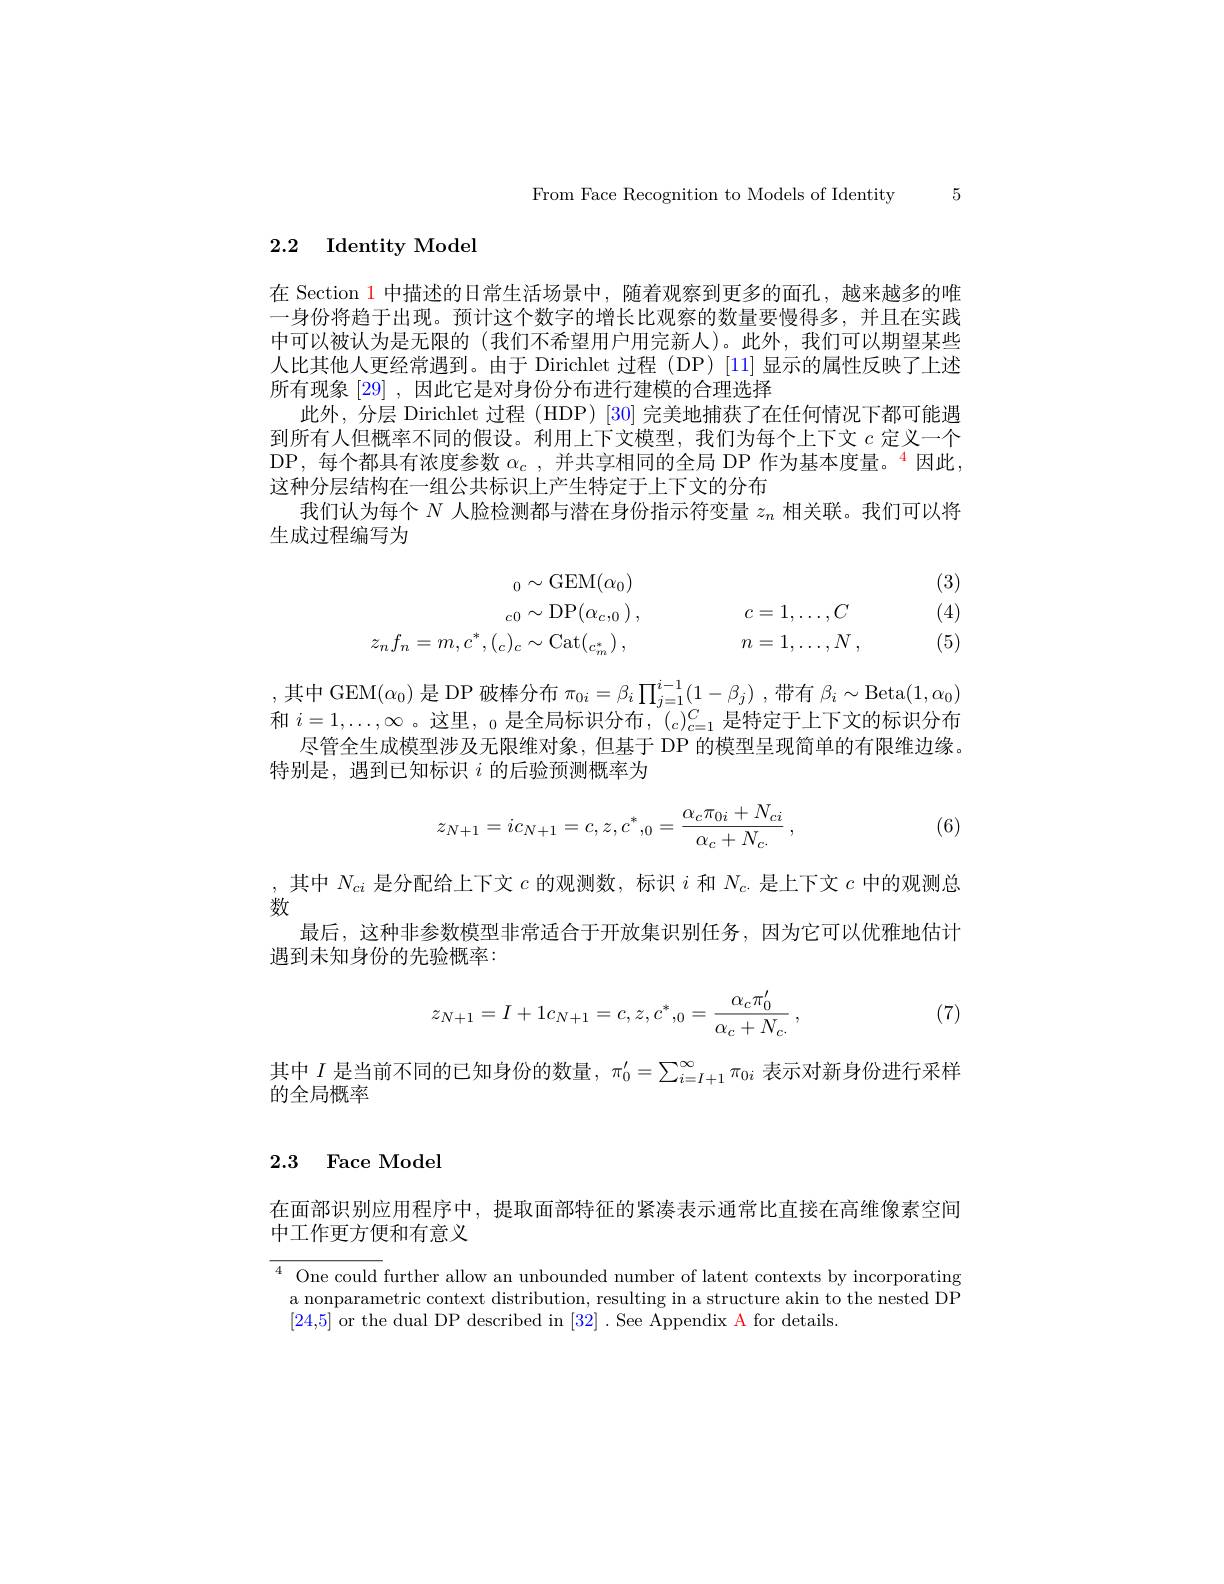
From Face Recognition to Models of Identity 5

2.2 Identity Model

在 Section 1 中描述的日常生活场景中，随着观察到更多的面孔，越来越多的唯一身份将趋于出现。预计这个数字的增长比观察的数量要慢得多，并且在实践中可以被认为是无限的(我们不希望用户用完新人)。此外，我们可以期望某些人比其他人更经常遇到。由于 Dirichlet 过程 (DP) [11] 显示的属性反映了上述所有现象[29],因此它是对身份分布进行建模的合理选择
此外，分层 Dirichlet 过程 (HDP) [30] 完美地捕获了在任何情况下都可能遇到所有人但概率不同的假设。利用上下文模型，我们为每个上下文$c$定义一个DP,每个都具有浓度参数$\alpha_c$,并共享相同的全局 DP 作为基本度量。$^{\color{red}4}$因此， 这种分层结构在一组公共标识上产生特定于上下文的分布
我们认为每个$N$人脸检测都与潜在身份指示符变量$z_n$相关联。我们可以将
生成过程编写为

(3)

(4)
$$\begin{aligned}_0\sim\mathrm{GEM}(\alpha_0)\_{c0}\sim\mathrm{DP}(\alpha_{c,0})\:,&c=1,\ldots,C\\z_{n}f_{n}=m,c^{*},(_{c})_{c}\sim\mathrm{Cat}(_{c_{m}^{*}})\:,&n=1,\ldots,N\:,\end{aligned}$$
(5)

,其中 GEM$(\alpha_0)$是 DP 破棒分布$\pi_0i=\beta_i\prod_{j=1}^{i-1}(1-\beta_j)$ ,带有$\beta_i\sim$Beta$(1,\alpha_0)$ 和$i=1,\ldots,\infty$ 。这里，$_0$是全局标识分布，$(_c)_c=1^C$是特定于上下文的标识分布
尽管全生成模型涉及无限维对象，但基于 DP 的模型呈现简单的有限维边缘。
特别是，遇到已知标识$i$的后验预测概率为
$$z_{N+1}=ic_{N+1}=c,z,c^*,_0=\frac{\alpha_c\pi_{0i}+N_{ci}}{\alpha_c+N_{c\cdot}}\:,$$
(6)

,其中$N_ci$是分配给上下文$c$的观测数，标识$i$和$N_c.$是上下文$c$中的观测总
数
最后，这种非参数模型非常适合于开放集识别任务，因为它可以优雅地估计
遇到未知身份的先验概率：

(7)
$$z_{N+1}=I+1c_{N+1}=c,z,c^{*},_{0}=\frac{\alpha_{c}\pi_{0}^{\prime}}{\alpha_{c}+N_{c\cdot}}\:,$$
其中$I$是当前不同的已知身份的数量，$\pi_0^{\prime}=\sum_{i=I+1}^\infty\pi_{0i}$表示对新身份进行采样
的全局概率

### 2.3 Face Model

在面部识别应用程序中，提取面部特征的紧凑表示通常比直接在高维像素空间
中工作更方便和有意义

$\overline{{^4\text{ One could }}}$further allow an unbounded number of latent contexts by incorporating a nonparametric context distribution, resulting in a structure akin to the nested DP [24,5] or the dual DP described in [32] .See Appendix A for details.